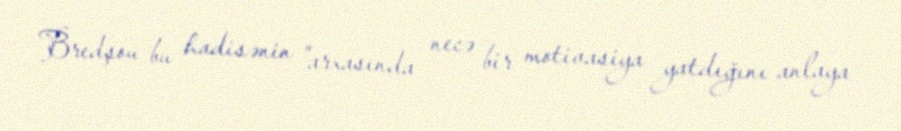
Bredşou bu hadisənin "arxasında necə bir motivasiya yatdığını anlaya